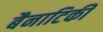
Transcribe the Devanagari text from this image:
बैनाटिकी